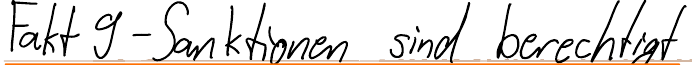
Fakt 9 - Sanktionen sind berechtigt